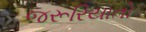
જરૂરિયાતો